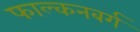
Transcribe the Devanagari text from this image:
फाल्कनबर्ग